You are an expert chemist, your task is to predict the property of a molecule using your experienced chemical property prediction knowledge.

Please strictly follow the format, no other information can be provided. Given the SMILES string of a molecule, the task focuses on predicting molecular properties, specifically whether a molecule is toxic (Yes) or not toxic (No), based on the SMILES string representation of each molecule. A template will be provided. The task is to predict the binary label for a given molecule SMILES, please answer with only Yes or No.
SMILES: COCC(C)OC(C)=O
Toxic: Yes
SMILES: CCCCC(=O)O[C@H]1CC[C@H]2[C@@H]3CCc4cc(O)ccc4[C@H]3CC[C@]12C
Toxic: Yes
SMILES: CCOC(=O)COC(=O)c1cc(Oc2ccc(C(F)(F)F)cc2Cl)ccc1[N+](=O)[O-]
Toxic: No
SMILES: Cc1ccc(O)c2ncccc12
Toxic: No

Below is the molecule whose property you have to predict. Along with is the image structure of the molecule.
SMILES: CCO[Si](CC(C)C)(OCC)OCC
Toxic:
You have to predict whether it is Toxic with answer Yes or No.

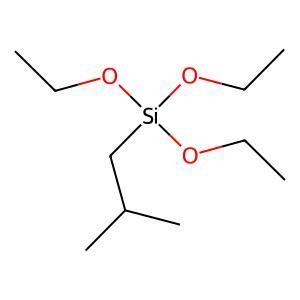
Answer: No